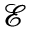
\mathcal { E }